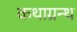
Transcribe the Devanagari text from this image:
कथाग्रन्थ